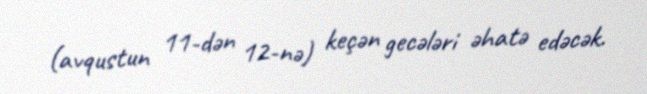
(avqustun 11-dən 12-nə) keçən gecələri əhatə edəcək.